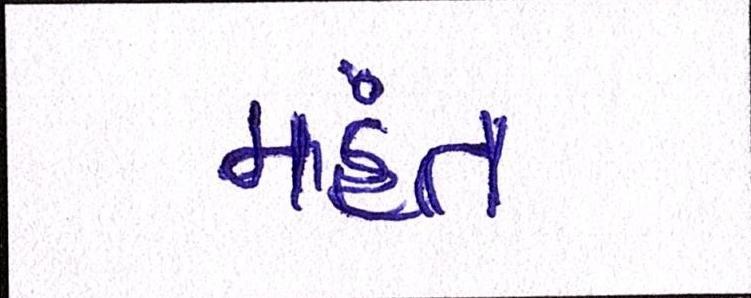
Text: મહંત